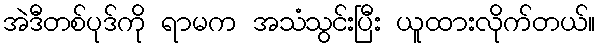
အဲဒီတစ်ပုဒ်ကို ရာမက အသံသွင်းပြီး ယူထားလိုက်တယ်။